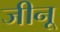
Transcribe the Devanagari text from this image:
जीनू